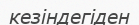
кезіндегіден